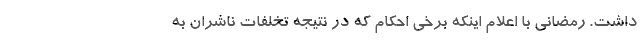
داشت. رمضانی با اعلام اینکه برخی احکام که در نتیجه تخلفات ناشران به